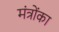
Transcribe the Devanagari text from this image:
मंत्रोंका